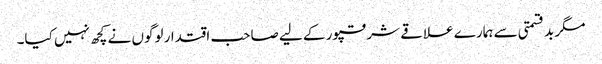
مگر بدقسمتی سے ہمارے علاقے شرقپور کے لیے صاحب اقتدار لوگوں نے کچھ نہیں کیا۔